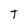
Character: T